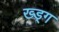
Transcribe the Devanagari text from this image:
ख्ड्ग